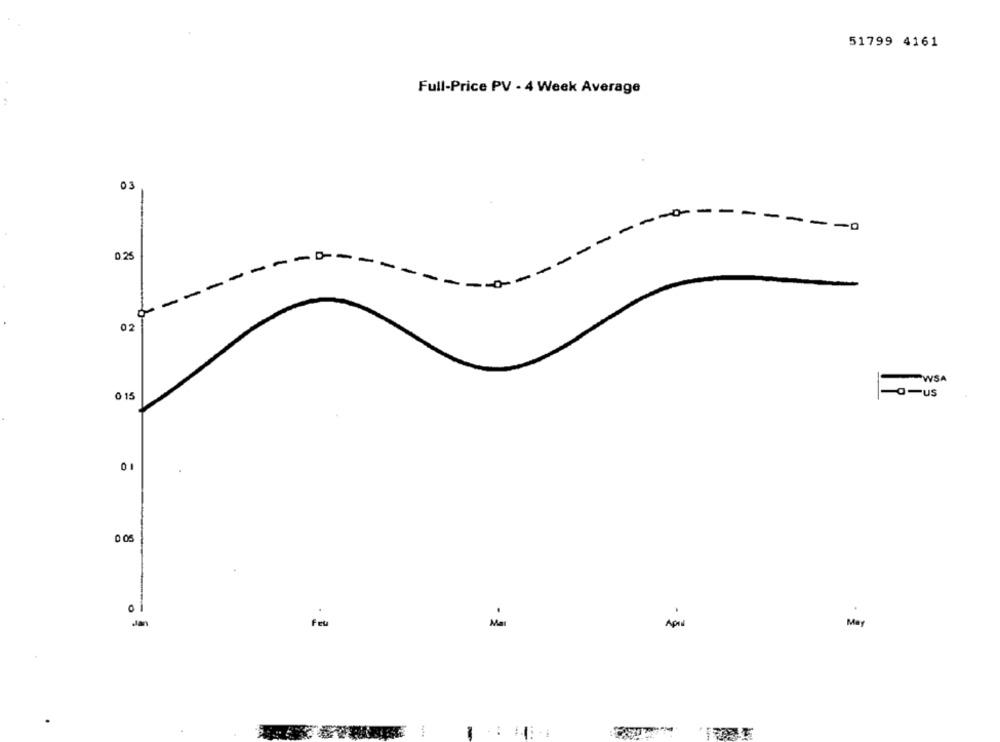
51799 4161
Full-Price PV - 4 Week Average
03
-
-0
-
0.25
-
-
--
WSA
-a-us
0 15
0
01
.
May